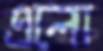
এলো